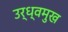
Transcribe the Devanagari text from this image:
उर्ध्वमुख